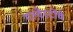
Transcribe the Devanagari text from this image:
गल्वेस्टोंचे